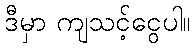
ဒီမှာ ကျသင့်ငွေပါ။